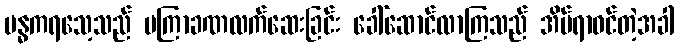
ဗန္ဓကရသေ့သည် မကြာခဏလက်ဆေးခြင်း ခေါ်ဆောင်လာကြသည် အိပ်ရာဝင်တဲ့အခါ